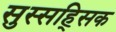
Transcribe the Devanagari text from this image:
सुस्सह्सिक